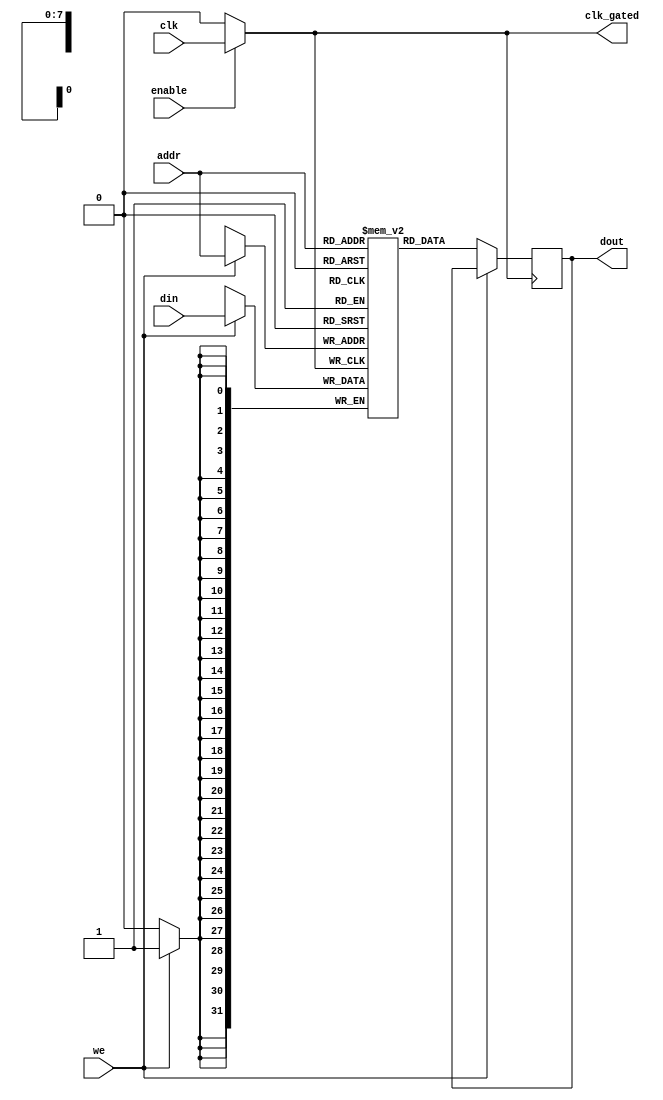
module memory_block #(
    parameter ADDR_WIDTH = 8,        // Address width
    parameter DATA_WIDTH = 32,       // Data width
    parameter MEM_SIZE = 256          // Memory size (in words)
)(
    input wire clk,                  // System clock
    input wire enable,               // Enable signal for memory block
    input wire [ADDR_WIDTH-1:0] addr,// Address for read/write
    input wire [DATA_WIDTH-1:0] din, // Data input for write
    input wire we,                   // Write enable signal
    output reg [DATA_WIDTH-1:0] dout,// Data output for read
    output reg clk_gated             // Gated clock output
);

    // Memory array
    reg [DATA_WIDTH-1:0] mem [0:MEM_SIZE-1];

    // Clock gating logic
    always @(*) begin
        // Generate gated clock signal based on enable signal
        clk_gated = enable ? clk : 1'b0;
    end

    // Memory read and write operations
    always @(posedge clk_gated) begin
        if (we) begin
            // Write operation
            mem[addr] <= din;
        end else begin
            // Read operation
            dout <= mem[addr];
        end
    end

endmodule